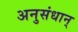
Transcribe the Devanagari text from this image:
अनुसंधान्